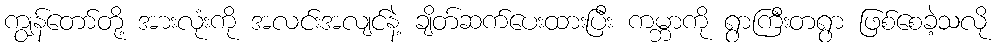
ကျွန်တော်တို့ အားလုံးကို အလင်းအလျင်နဲ့ ချိတ်ဆက်ပေးထားပြီး ကမ္ဘာကို ရွာကြီးတရွာ ဖြစ်စေခဲ့သလို